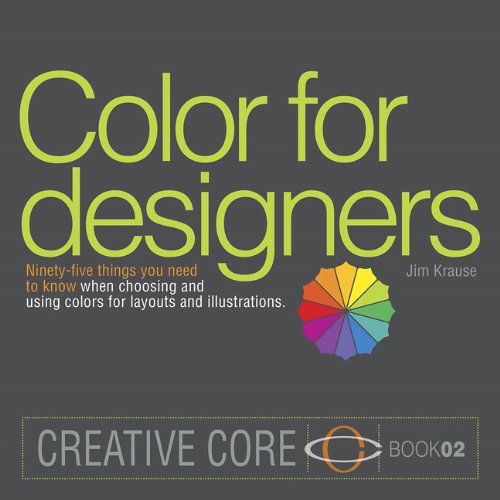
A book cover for Color for Designers: Ninety-five things you need to know when choosing and using colors for layouts and illustrations (Creative Core); Jim Krause; Computers & Technology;